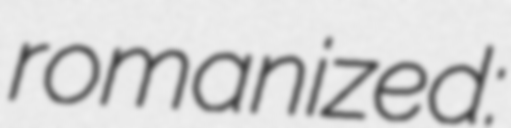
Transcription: romanized: